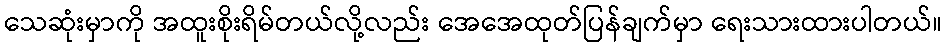
သေဆုံးမှာကို အထူးစိုးရိမ်တယ်လို့လည်း အေအေထုတ်ပြန်ချက်မှာ ရေးသားထားပါတယ်။